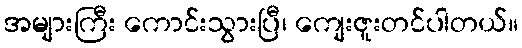
အများကြီး ကောင်းသွားပြီ၊ ကျေးဇူးတင်ပါတယ်။